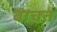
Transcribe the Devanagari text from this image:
बाचत